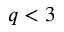
q < 3